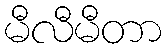
မီလီမီတာ